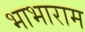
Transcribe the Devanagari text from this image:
भाभाराम